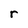
Character: r